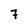
Character: 7